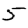
Digit: 5